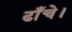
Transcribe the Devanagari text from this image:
ढाँचे।